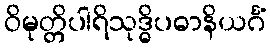
ဝိမုတ္တိပါရိသုဒ္ဓိပဓာနိယင်္ဂံ